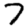
Digit: 7